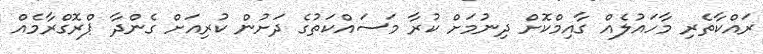
ރައްކާތެރި މާހައުލެއް ގާއިމްކޮށް ދިނުމަށް ކުރާ މަސައްކަތުގެ ދަށުން ކުރިއަށް ގެންދާ ޕްރޮގްރާމެއް